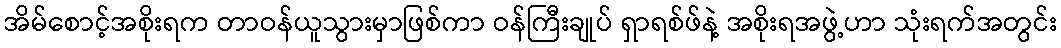
အိမ်စောင့်အစိုးရက တာဝန်ယူသွားမှာဖြစ်ကာ ဝန်ကြီးချုပ် ရှာရစ်ဖ်နဲ့ အစိုးရအဖွဲ့ဟာ သုံးရက်အတွင်း